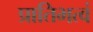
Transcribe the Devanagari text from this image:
प्रातिभत्वं